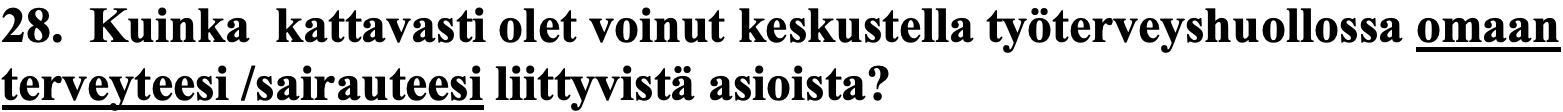
28. Kuinka kattavasti olet voinut keskustella työterveyshuollossa omaan terveyteesi /sairauteesi liittyvistä asioista?